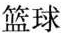
篮球